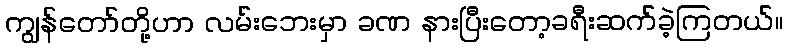
ကျွန်တော်တို့ဟာ လမ်းဘေးမှာ ခဏ နားပြီးတော့ခရီးဆက်ခဲ့ကြတယ်။